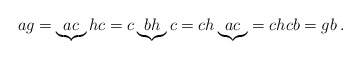
\begin{align*}ag = \underbrace{ac}hc = c\underbrace{bh}c = ch\underbrace{ac} = chcb = gb\,.\end{align*}